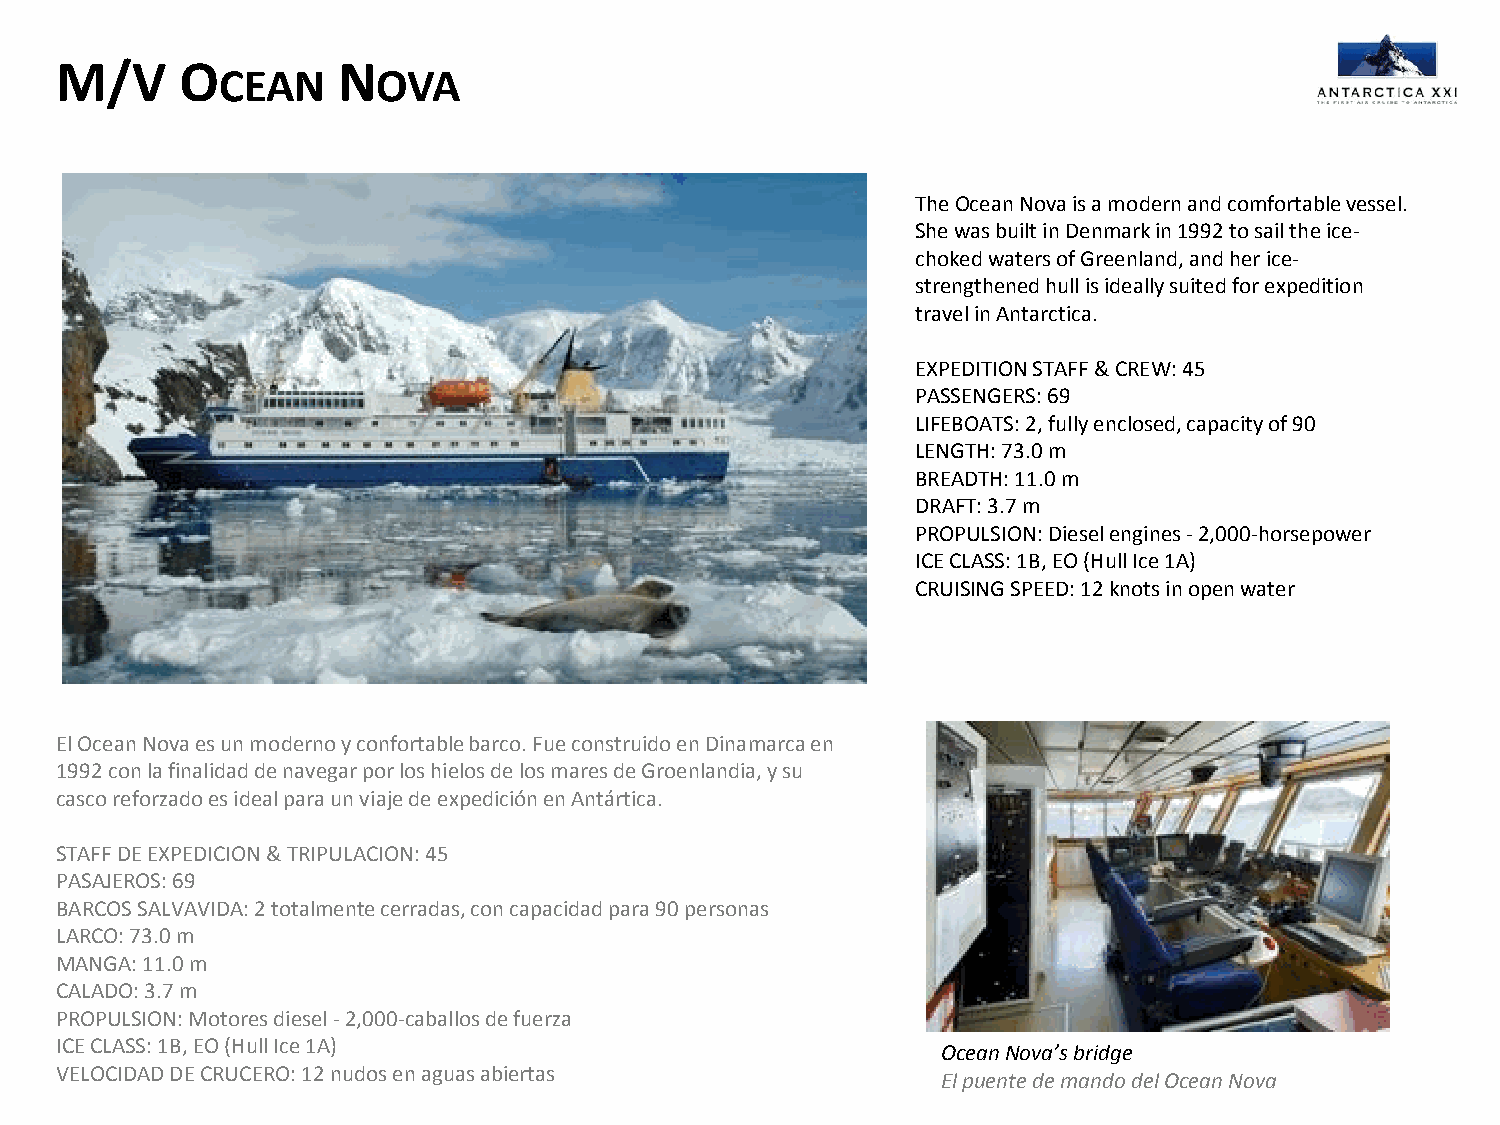
M/V     O         N
 CEAN      OVA
 The Ocean Nova is a modern and comfortable vessel.
 She was built in Denmark in 1992 to sail the ice-
 choked waters of Greenland, and her ice-
 strengthened hull is ideally suited for expedition
 travel in Antarctica.
 EXPEDITION STAFF & CREW: 45
 PASSENGERS: 69
 LIFEBOATS: 2, fully enclosed, capacity of 90
 LENGTH: 73.0 m
 BREADTH: 11.0 m
 DRAFT: 3.7 m
 PROPULSION: Diesel engines - 2,000-horsepower
 ICE CLASS: 1B, EO (Hull Ice 1A)
 CRUISING SPEED: 12 knots in open water
 El Ocean Nova es un moderno y confortable barco. Fue construido en Dinamarca en
 1992 con la finalidad de navegar por los hielos de los mares de Groenlandia, y su
 casco reforzado es ideal para un viaje de expedición en Antártica.
 STAFF DE EXPEDICION & TRIPULACION: 45
 PASAJEROS: 69
 BARCOS SALVAVIDA: 2 totalmente cerradas, con capacidad para 90 personas
 LARCO: 73.0 m
 MANGA: 11.0 m
 CALADO: 3.7 m
 PROPULSION: Motores diesel - 2,000-caballos de fuerza
 ICE CLASS: 1B, EO (Hull Ice 1A)
 Ocean Nova’s bridge
 VELOCIDAD DE CRUCERO: 12 nudos en aguas abiertas
 El puente de mando del Ocean Nova